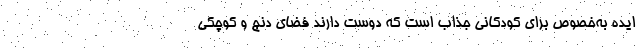
ایده به‌خصوص برای کودکانی جذاب است که دوست دارند فضای دنج و کوچکی